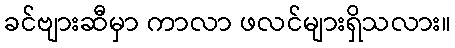
ခင်ဗျားဆီမှာ ကာလာ ဖလင်များရှိသလား။